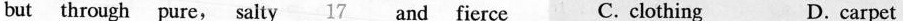
but through pure, salty\underline{17} and fierce C. clothing D.carpet